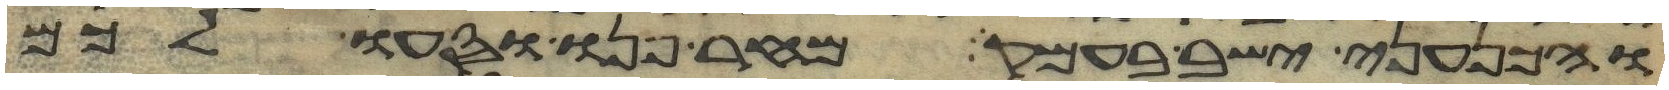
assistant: והכנעני ישב בעמק מחר פנו וסעו לכם